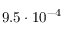
9 . 5 \cdot 1 0 ^ { - 4 }